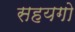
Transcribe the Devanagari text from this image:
सहयगो